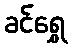
ခင်ရွှေ